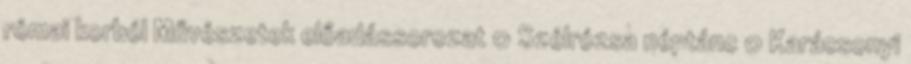
római korból Művészetek előadássorozat 0 Szélrózsa néptánc 0 Karácsonyi